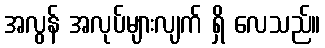
အလွန် အလုပ်များလျက် ရှိ လေသည်။